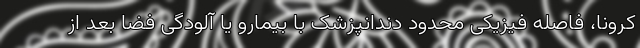
کرونا، فاصله فیزیکی محدود دندانپزشک با بیمارو یا آلودگی فضا بعد از